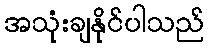
အသုံးချနိုင်ပါသည်